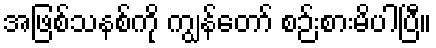
အဖြစ်သနစ်ကို ကျွန်တော် စဉ်းစားမိပါပြီ။